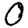
Digit: 0